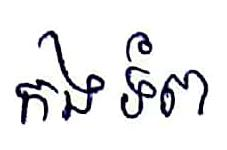
កងទ័ព